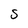
Character: s